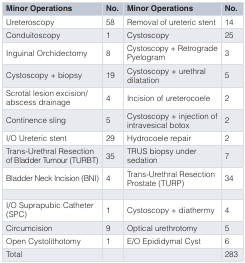
| Minor Operations | No. | Minor Operations | No. |
 | --- | --- | --- | --- |
 | Ureteroscopy | 58 | Removal of ureteric stent | 14 |
 | Conduitoscopy | 1 | Cystoscopy | 25 |
 | Inguinal Orchidectomy | 8 | Cystoscopy + RetrogradePyelogram | 3 |
 | Cystoscopy + biopsy | 19 | Cystoscopy + urethraldilatation | 5 |
 | Scrotal lesion excision/abscess drainage | 4 | Incision of ureterocoele | 2 |
 | Continence sling | 5 | Cystoscopy + injection ofintravesical botox | 2 |
 | I/O Ureteric stent | 29 | Hydrocoele repair | 2 |
 | Trans-Urethral Resectionof Bladder Tumour (TURBT) | 35 | TRUS biopsy undersedation | 7 |
 | Bladder Neck Incision (BNI) | 4 | Trans-Urethral ResectionProstate (TURP) | 34 |
 | I/O Suprapubic Catheter(SPC) | 1 | Cystoscopy + diathermy | 4 |
 | Circumcision | 9 | Optical urethrotomy | 5 |
 | Open Cystolithotomy | 1 | E/O Epididymal Cyst | 6 |
 | Total |  |  | 283 |